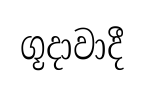
ගූදාවාදී